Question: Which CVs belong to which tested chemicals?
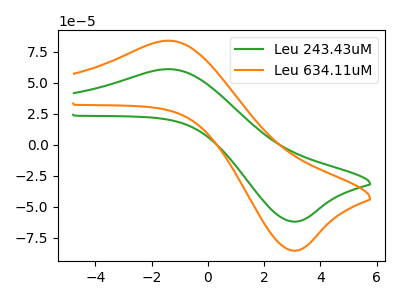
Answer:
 <answer>The green curve is labeled "Leu 243.43uM". The orange curve is labeled "Leu 634.11uM".</answer>
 <eval></eval>